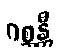
ဂစ္ဆန္တီ